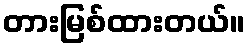
တားမြစ်ထားတယ်။